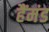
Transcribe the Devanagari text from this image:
हैंमंड